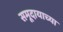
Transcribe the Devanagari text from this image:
समूदायाच्या